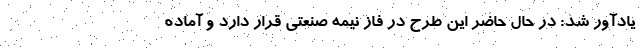
یادآور شد: در حال حاضر این طرح در فاز نیمه صنعتی قرار دارد و آماده